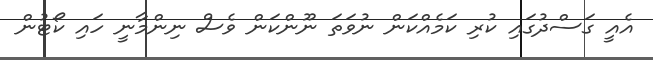
އެއީ ގަސްދުގައި ކުރި ކަމެއްކަން ނުވަތަ ނޫންކަން ވެސް ނިންމާނީ ހައި ކޯޓުން